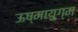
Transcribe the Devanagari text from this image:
ऊष्मायुग्म